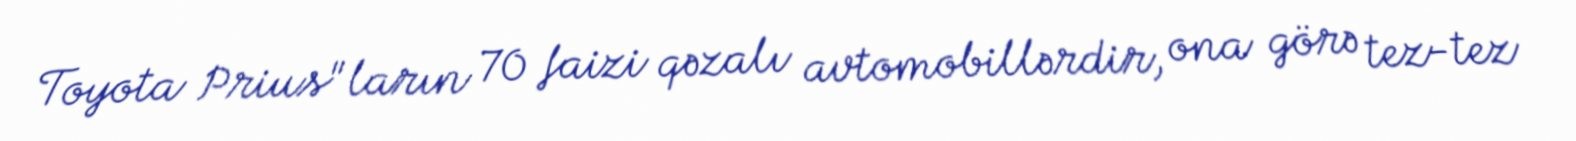
Toyota Prius"ların 70 faizi qəzalı avtomobillərdir, ona görə tez-tez